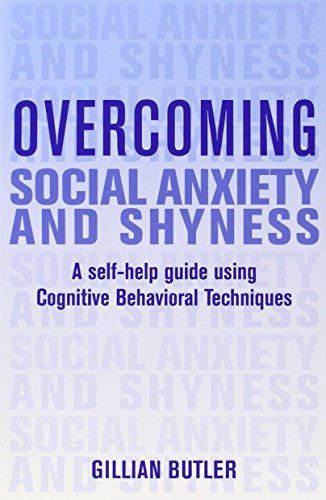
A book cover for Overcoming Social Anxiety and Shyness: A Self-Help Guide Using Cognitive Behavioral Techniques; Gillian Butler; Self-Help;